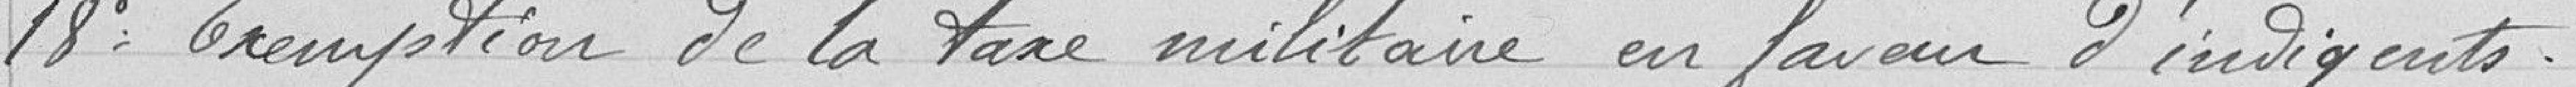
18° Exemption de la taxe militaire en faveur d'indigents.